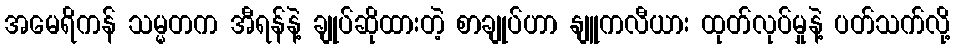
အမေရိကန် သမ္မတက အီရန်နဲ့ ချုပ်ဆိုထားတဲ့ စာချုပ်ဟာ နျူကလီယား ထုတ်လုပ်မှုနဲ့ ပတ်သက်လို့